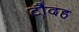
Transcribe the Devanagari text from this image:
टौदह